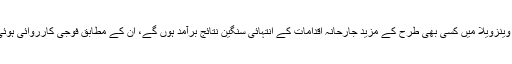
روسی وزیرخارجہ کا کہنا تھا کہ وینزویلا میں کسی بھی طرح کے مزید جارحانہ اقدامات کے انتہائی سنگین نتائج برآمد ہوں گے، ان کے مطابق فوجی کارروائی ہوئی تو روس خاموش نہیں بیٹھے گا۔